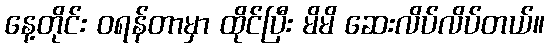
နေ့တိုင်း ဝရန်တာမှာ ထိုင်ပြီး မိမိ ဆေးလိပ်လိပ်တယ်။